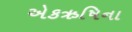
એકઋષિના